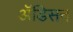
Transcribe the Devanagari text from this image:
ॲडिसन